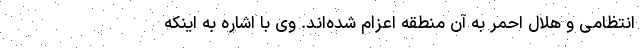
انتظامی و هلال احمر به آن منطقه اعزام شده‌اند. وی با اشاره به اینکه